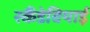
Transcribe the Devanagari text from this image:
स्कैंडेवियाई